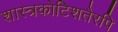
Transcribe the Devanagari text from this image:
शास्त्रकोटिशतैरपि